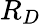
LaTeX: R_{D}